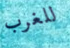
للغرب